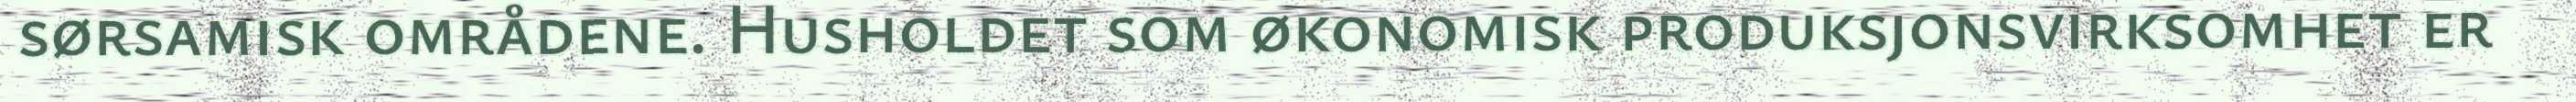
sørsamisk områdene. Husholdet som økonomisk produksjonsvirksomhet er